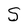
Character: S